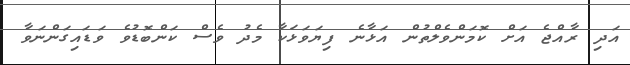
އަދި ރާއްޖެ އަށް ކޮމަންވެލްތުން އަޅާނެ ފިޔަވަޅަކާ މެދު ވެސް ކަންބޮޑުވެ ވަޑައިގަންނަވާ